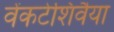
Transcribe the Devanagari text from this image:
वेंकटेशिवैया